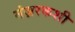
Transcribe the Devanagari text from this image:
मंज़रकशी